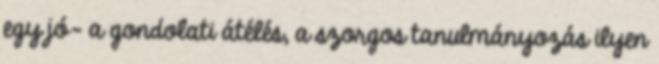
egy jó- a gondolati átélés, a szorgos tanulmányozás ilyen